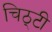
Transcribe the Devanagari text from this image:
चिठ्टी